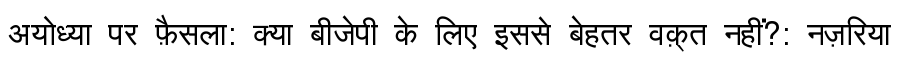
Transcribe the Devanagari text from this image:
अयोध्या पर फ़ैसला: क्या बीजेपी के लिए इससे बेहतर वक़्त नहीं?: नज़रिया